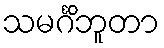
သမင်္ဂိဘူတာ